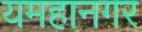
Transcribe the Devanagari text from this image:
यमहानगर